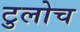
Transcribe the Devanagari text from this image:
टुलोच